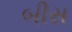
બીસ